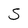
Character: S